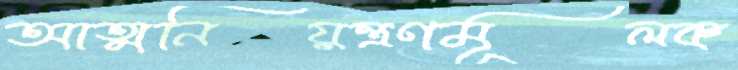
আত্মনিয়ন্ত্রণমূলক